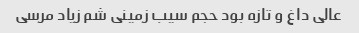
عالی داغ و تازه بود حجم سیب زمینی شم زیاد مرسی